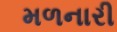
મળનારી